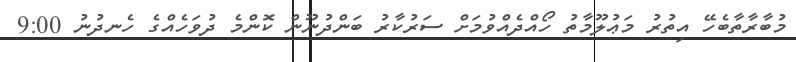
މުބާރާތާބެހޭ އިތުރު މަޢުލޫމާތު ހޯއްދެއްވުމަށް ސަރުކާރު ބަންދުނޫން ކޮންމެ ދުވަހެއްގެ ހެނދުނު 9:00